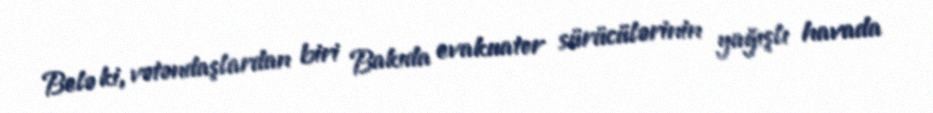
Belə ki, vətəndaşlardan biri Bakıda evakuator sürücülərinin yağışlı havada